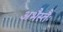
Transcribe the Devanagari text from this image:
अभैस्तैः